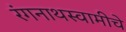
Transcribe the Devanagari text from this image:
रंगनाथस्वामीचे